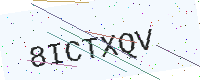
Text: 8ICTXQV